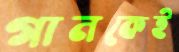
গানকেই